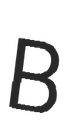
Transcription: B